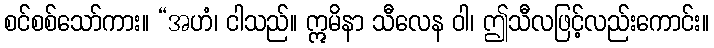
စင်စစ်သော်ကား။ “အဟံ၊ ငါသည်။ ဣမိနာ သီလေန ဝါ၊ ဤသီလဖြင့်လည်းကောင်း။